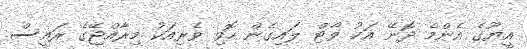
އީޔޫގެ އެންމެ ދޮނޭ އަކު ވޯޓް ލައިގެން ހޮވި ވެރިއަކު މިރާއްޖޭގެ ރައީސް